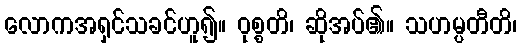
လောကအရှင်သခင်ဟူ၍။ ဝုစ္စတိ၊ ဆိုအပ်၏။ သဟမ္ပတီတိ၊